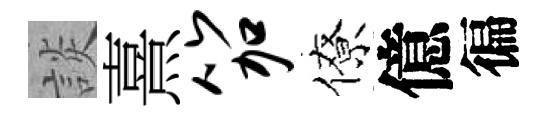
談熹笳僚億徧